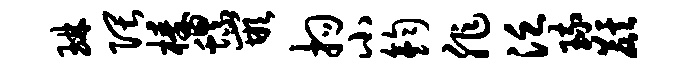
琳隈榛螺嵌拘小钧非泛琉麒